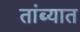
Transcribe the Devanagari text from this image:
तांब्यात